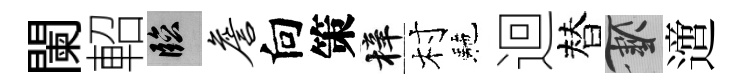
闌軺臨詹向策梓村駰迴替草𨗁